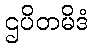
ဌပိတမိဒံ